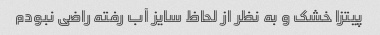
پیتزا خشک و به نظر از لحاظ سایز آب رفته راضی نبودم